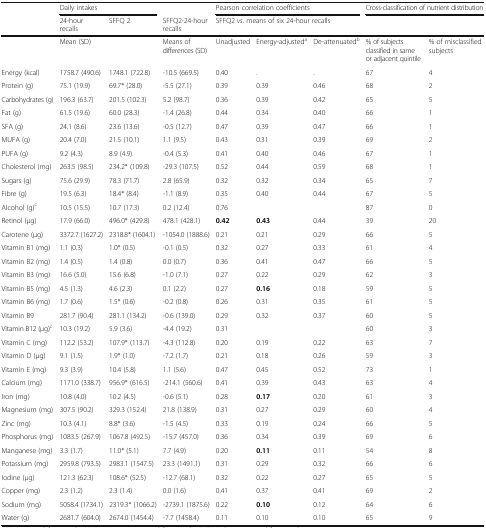
<table><thead><tr><td rowspan="2"></td><td colspan="2"><b>Daily intakes</b></td><td></td><td colspan="3"><b>Pearson correlation coefficients</b></td><td colspan="2"><b>Cross-classification of nutrient distribution</b></td></tr><tr><td><b>24-hour recalls</b></td><td><b>SFFQ 2</b></td><td><b>SFFQ2-24-hour recalls</b></td><td colspan="5"><b>SFFQ2 <i>vs.</i> means of six 24-hour recalls</b></td></tr></thead><tbody><tr><td></td><td colspan="2">Mean (SD)</td><td>Means of differences (SD)</td><td>Unadjusted</td><td>Energy-adjusted<sup>a</sup></td><td>De-attenuated<sup>b</sup></td><td>% of subjects classified in same or adjacent quintile</td><td>% of misclassified subjects</td></tr><tr><td>Energy (kcal)</td><td>1758.7 (490.6)</td><td>1748.1 (722.8)</td><td>-10.5 (669.5)</td><td>0.40</td><td>.</td><td>.</td><td>67</td><td>4</td></tr><tr><td>Protein (g)</td><td>75.1 (19.9)</td><td>69.7* (28.0)</td><td>-5.5 (27.1)</td><td>0.39</td><td>0.39</td><td>0.46</td><td>68</td><td>2</td></tr><tr><td>Carbohydrates (g)</td><td>196.3 (63.7)</td><td>201.5 (102.3)</td><td>5.2 (98.7)</td><td>0.36</td><td>0.39</td><td>0.42</td><td>65</td><td>5</td></tr><tr><td>Fat (g)</td><td>61.5 (19.6)</td><td>60.0 (28.3)</td><td>-1.4 (26.8)</td><td>0.44</td><td>0.34</td><td>0.40</td><td>66</td><td>1</td></tr><tr><td>SFA (g)</td><td>24.1 (8.6)</td><td>23.6 (13.6)</td><td>-0.5 (12.7)</td><td>0.47</td><td>0.39</td><td>0.47</td><td>66</td><td>1</td></tr><tr><td>MUFA (g)</td><td>20.4 (7.0)</td><td>21.5 (10.1)</td><td>1.1 (9.5)</td><td>0.43</td><td>0.31</td><td>0.39</td><td>69</td><td>2</td></tr><tr><td>PUFA (g)</td><td>9.2 (4.3)</td><td>8.9 (4.9)</td><td>-0.4 (5.3)</td><td>0.41</td><td>0.40</td><td>0.46</td><td>67</td><td>1</td></tr><tr><td>Cholesterol (mg)</td><td>263.5 (98.5)</td><td>234.2* (109.8)</td><td>-29.3 (107.5)</td><td>0.52</td><td>0.44</td><td>0.59</td><td>68</td><td>1</td></tr><tr><td>Sugars (g)</td><td>75.6 (29.9)</td><td>78.3 (71.7)</td><td>2.8 (65.9)</td><td>0.32</td><td>0.32</td><td>0.34</td><td>65</td><td>7</td></tr><tr><td>Fibre (g)</td><td>19.5 (6.3)</td><td>18.4* (8.4)</td><td>-1.1 (8.9)</td><td>0.35</td><td>0.40</td><td>0.44</td><td>67</td><td>5</td></tr><tr><td>Alcohol (g)<sup>c</sup></td><td>10.5 (15.5)</td><td>10.7 (17.3)</td><td>0.2 (12.4)</td><td>0.76</td><td></td><td></td><td>87</td><td>0</td></tr><tr><td>Retinol (μg)</td><td>17.9 (66.0)</td><td>496.0* (429.8)</td><td>478.1 (428.1)</td><td><b>0.42</b></td><td><b>0.43</b></td><td>0.44</td><td>39</td><td>20</td></tr><tr><td>Carotene (μg)</td><td>3372.7 (1627.2)</td><td>2318.8* (1604.1)</td><td>-1054.0 (1888.6)</td><td>0.21</td><td>0.21</td><td>0.29</td><td>66</td><td>5</td></tr><tr><td>Vitamin B1 (mg)</td><td>1.1 (0.3)</td><td>1.0* (0.5)</td><td>-0.1 (0.5)</td><td>0.32</td><td>0.27</td><td>0.33</td><td>61</td><td>4</td></tr><tr><td>Vitamin B2 (mg)</td><td>1.4 (0.5)</td><td>1.4 (0.8)</td><td>0.0 (0.7)</td><td>0.36</td><td>0.41</td><td>0.47</td><td>66</td><td>5</td></tr><tr><td>Vitamin B3 (mg)</td><td>16.6 (5.0)</td><td>15.6 (6.8)</td><td>-1.0 (7.1)</td><td>0.27</td><td>0.22</td><td>0.29</td><td>62</td><td>3</td></tr><tr><td>Vitamin B5 (mg)</td><td>4.5 (1.3)</td><td>4.6 (2.3)</td><td>0.1 (2.2)</td><td>0.27</td><td><b>0.16</b></td><td>0.18</td><td>59</td><td>5</td></tr><tr><td>Vitamin B6 (mg)</td><td>1.7 (0.6)</td><td>1.5* (0.6)</td><td>-0.2 (0.8)</td><td>0.26</td><td>0.31</td><td>0.35</td><td>61</td><td>5</td></tr><tr><td>Vitamin B9</td><td>281.7 (90.4)</td><td>281.1 (134.2)</td><td>-0.6 (139.0)</td><td>0.29</td><td>0.32</td><td>0.37</td><td>60</td><td>5</td></tr><tr><td>Vitamin B12 (μg)<sup>c</sup></td><td>10.3 (19.2)</td><td>5.9 (3.6)</td><td>-4.4 (19.2)</td><td>0.31</td><td></td><td></td><td>60</td><td>3</td></tr><tr><td>Vitamin C (mg)</td><td>112.2 (53.2)</td><td>107.9* (113.7)</td><td>-4.3 (112.8)</td><td>0.20</td><td>0.19</td><td>0.22</td><td>63</td><td>7</td></tr><tr><td>Vitamin D (μg)</td><td>9.1 (1.5)</td><td>1.9* (1.0)</td><td>-7.2 (1.7)</td><td>0.21</td><td>0.18</td><td>0.26</td><td>59</td><td>3</td></tr><tr><td>Vitamin E (mg)</td><td>9.3 (3.9)</td><td>10.4 (5.8)</td><td>1.1 (5.6)</td><td>0.47</td><td>0.45</td><td>0.52</td><td>73</td><td>1</td></tr><tr><td>Calcium (mg)</td><td>1171.0 (338.7)</td><td>956.9* (616.5)</td><td>-214.1 (560.6)</td><td>0.41</td><td>0.39</td><td>0.43</td><td>63</td><td>4</td></tr><tr><td>Iron (mg)</td><td>10.8 (4.0)</td><td>10.2 (4.5)</td><td>-0.6 (5.1)</td><td>0.28</td><td><b>0.17</b></td><td>0.20</td><td>61</td><td>3</td></tr><tr><td>Magnesium (mg)</td><td>307.5 (90.2)</td><td>329.3 (152.4)</td><td>21.8 (138.9)</td><td>0.31</td><td>0.27</td><td>0.29</td><td>60</td><td>4</td></tr><tr><td>Zinc (mg)</td><td>10.3 (4.1)</td><td>8.8* (3.6)</td><td>-1.5 (4.5)</td><td>0.33</td><td>0.19</td><td>0.24</td><td>66</td><td>5</td></tr><tr><td>Phosphorus (mg)</td><td>1083.5 (267.9)</td><td>1067.8 (492.5)</td><td>-15.7 (457.0)</td><td>0.36</td><td>0.34</td><td>0.39</td><td>69</td><td>6</td></tr><tr><td>Manganese (mg)</td><td>3.3 (1.7)</td><td>11.0* (5.1)</td><td>7.7 (4.9)</td><td>0.20</td><td><b>0.11</b></td><td>0.11</td><td>54</td><td>8</td></tr><tr><td>Potassium (mg)</td><td>2959.8 (793.5)</td><td>2983.1 (1547.5)</td><td>23.3 (1491.1)</td><td>0.31</td><td>0.29</td><td>0.32</td><td>66</td><td>6</td></tr><tr><td>Iodine (μg)</td><td>121.3 (62.3)</td><td>108.6* (52.5)</td><td>-12.7 (68.1)</td><td>0.32</td><td>0.22</td><td>0.27</td><td>65</td><td>5</td></tr><tr><td>Copper (mg)</td><td>2.3 (1.2)</td><td>2.3 (1.4)</td><td>0.0 (1.6)</td><td>0.41</td><td>0.37</td><td>0.41</td><td>69</td><td>2</td></tr><tr><td>Sodium (mg)</td><td>5058.4 (1734.1)</td><td>2319.3* (1066.2)</td><td>-2739.1 (1875.6)</td><td>0.22</td><td><b>0.10</b></td><td>0.12</td><td>64</td><td>6</td></tr><tr><td>Water (g)</td><td>2681.7 (604.0)</td><td>2674.0 (1454.4)</td><td>-7.7 (1458.4)</td><td>0.11</td><td>0.10</td><td>0.10</td><td>65</td><td>9</td></tr></tbody></table>